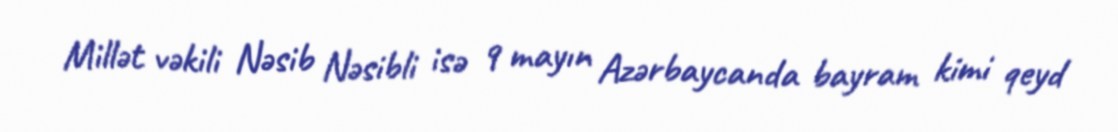
Millət vəkili Nəsib Nəsibli isə 9 mayın Azərbaycanda bayram kimi qeyd